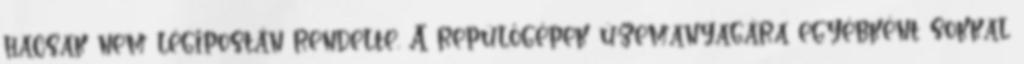
hacsak nem légipostán rendelte. A repülőgépek üzemanyagára egyébként sokkal